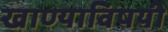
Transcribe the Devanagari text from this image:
खाण्याविषयी